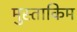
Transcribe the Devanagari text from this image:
मुस्ताकिम